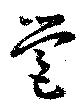
營